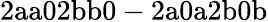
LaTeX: \mathrm{2aa02bb0-2a0a2b0b}